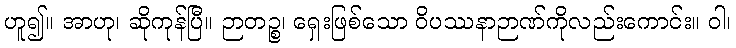
ဟူ၍။ အာဟု၊ ဆိုကုန်ပြီ။ ဉာတဉ္စ၊ ရှေးဖြစ်သော ဝိပဿနာဉာဏ်ကိုလည်းကောင်း။ ဝါ၊